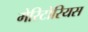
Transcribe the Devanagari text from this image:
मेरिटोरियस